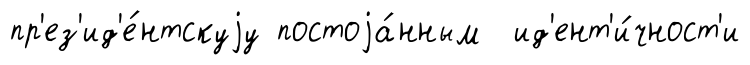
пр'ез'ид'е́нтскуjу постоjа́нным ид'ент'и́чност'и